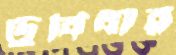
ডুবিবার